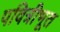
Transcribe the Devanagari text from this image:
पवित्रीभूत